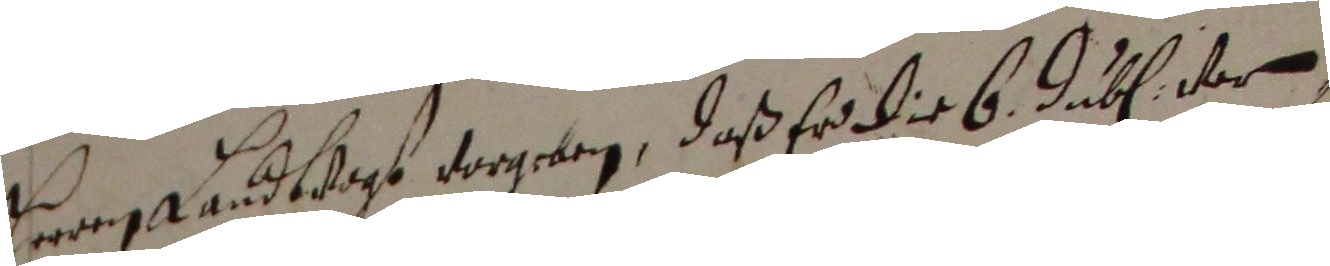
herrn landvogt vorgeben, daß er wier 6 jube der